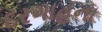
દરગાહના